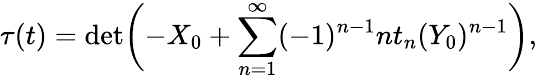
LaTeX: \tau(t)=\operatorname*{det}\biggl(-X_{0}+\sum_{n=1}^{\infty}(-1)^{n-1}nt_{n}(Y_{0})^{n-1}\biggr),